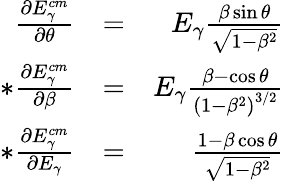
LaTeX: \begin{array}{rlr}{\frac{\partial E_{\gamma}^{cm}}{\partial\theta}}&{=}&{E_{\gamma}\frac{\beta\sin{\theta}}{\sqrt{1-\beta^{2}}}}\\ {*\frac{\partial E_{\gamma}^{cm}}{\partial\beta}}&{=}&{E_{\gamma}\frac{\beta-\cos{\theta}}{\left(1-\beta^{2}\right)^{3/2}}}\\ {*\frac{\partial E_{\gamma}^{cm}}{\partial E_{\gamma}}}&{=}&{\frac{1-\beta\cos{\theta}}{\sqrt{1-\beta^{2}}}}\end{array}